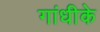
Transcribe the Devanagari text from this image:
गांधीके